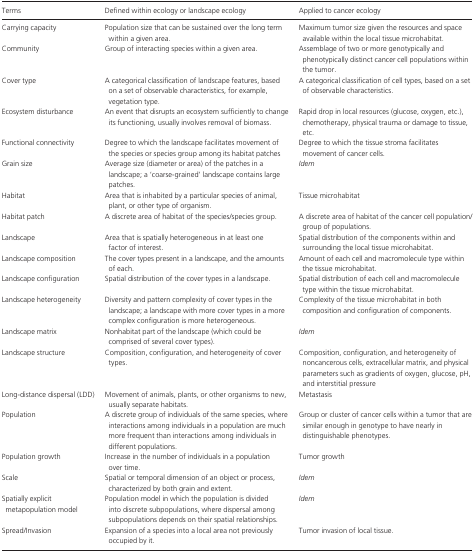
<table><thead><tr><td><b>Terms</b></td><td><b>Defined within ecology or landscape ecology</b></td><td><b>Applied to cancer ecology</b></td></tr></thead><tbody><tr><td>Carrying capacity</td><td>Population size that can be sustained over the long term within a given area.</td><td>Maximum tumor size given the resources and space available within the local tissue microhabitat.</td></tr><tr><td>Community</td><td>Group of interacting species within a given area.</td><td>Assemblage of two or more genotypically and phenotypically distinct cancer cell populations within the tumor.</td></tr><tr><td>Cover type</td><td>A categorical classification of landscape features, based on a set of observable characteristics, for example, vegetation type.</td><td>A categorical classification of cell types, based on a set of observable characteristics.</td></tr><tr><td>Ecosystem disturbance</td><td>An event that disrupts an ecosystem sufficiently to change its functioning, usually involves removal of biomass.</td><td>Rapid drop in local resources (glucose, oxygen, etc.), chemotherapy, physical trauma or damage to tissue, etc.</td></tr><tr><td>Functional connectivity</td><td>Degree to which the landscape facilitates movement of the species or species group among its habitat patches</td><td>Degree to which the tissue stroma facilitates movement of cancer cells.</td></tr><tr><td>Grain size</td><td>Average size (diameter or area) of the patches in a landscape; a ‘coarse-grained’ landscape contains large patches.</td><td><i>Idem</i></td></tr><tr><td>Habitat</td><td>Area that is inhabited by a particular species of animal, plant, or other type of organism.</td><td>Tissue microhabitat</td></tr><tr><td>Habitat patch</td><td>A discrete area of habitat of the species/species group.</td><td>A discrete area of habitat of the cancer cell population/group of populations.</td></tr><tr><td>Landscape</td><td>Area that is spatially heterogeneous in at least one factor of interest.</td><td>Spatial distribution of the components within and surrounding the local tissue microhabitat.</td></tr><tr><td>Landscape composition</td><td>The cover types present in a landscape, and the amounts of each.</td><td>Amount of each cell and macromolecule type within the tissue microhabitat.</td></tr><tr><td>Landscape configuration</td><td>Spatial distribution of the cover types in a landscape.</td><td>Spatial distribution of each cell and macromolecule type within the tissue microhabitat.</td></tr><tr><td>Landscape heterogeneity</td><td>Diversity and pattern complexity of cover types in the landscape; a landscape with more cover types in a more complex configuration is more heterogeneous.</td><td>Complexity of the tissue microhabitat in both composition and configuration of components.</td></tr><tr><td>Landscape matrix</td><td>Nonhabitat part of the landscape (which could be comprised of several cover types).</td><td><i>Idem</i></td></tr><tr><td>Landscape structure</td><td>Composition, configuration, and heterogeneity of cover types.</td><td>Composition, configuration, and heterogeneity of noncancerous cells, extracellular matrix, and physical parameters such as gradients of oxygen, glucose, pH, and interstitial pressure</td></tr><tr><td>Long-distance dispersal (LDD)</td><td>Movement of animals, plants, or other organisms to new, usually separate habitats.</td><td>Metastasis</td></tr><tr><td>Population</td><td>A discrete group of individuals of the same species, where interactions among individuals in a population are much more frequent than interactions among individuals in different populations.</td><td>Group or cluster of cancer cells within a tumor that are similar enough in genotype to have nearly indistinguishable phenotypes.</td></tr><tr><td>Population growth</td><td>Increase in the number of individuals in a population over time.</td><td>Tumor growth</td></tr><tr><td>Scale</td><td>Spatial or temporal dimension of an object or process, characterized by both grain and extent.</td><td><i>Idem</i></td></tr><tr><td>Spatially explicit metapopulation model</td><td>Population model in which the population is divided into discrete subpopulations, where dispersal among subpopulations depends on their spatial relationships.</td><td><i>Idem</i></td></tr><tr><td>Spread/Invasion</td><td>Expansion of a species into a local area not previously occupied by it.</td><td>Tumor invasion of local tissue.</td></tr></tbody></table>